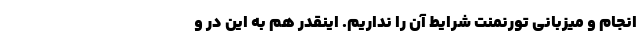
انجام و میزبانی تورنمنت شرایط آن را نداریم. اینقدر هم به این در و